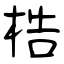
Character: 梏